Indian journal of veterinary science and animal husbandry - Volume 12,
Year: 1942
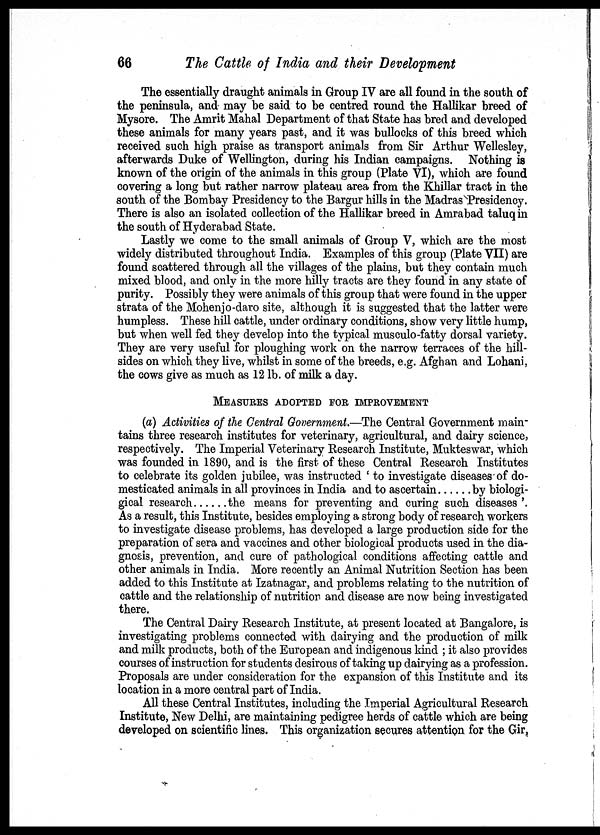
66
The Cattle of India and their Development
The essentially draught animals in Group IV are all found in the south of
the peninsula, and may be said to be centred round the Hallikar breed of
Mysore. The Amrit Mahal Department of that State has bred and developed
these animals for many years past, and it was bullocks of this breed which
received such high praise as transport animals from Sir Arthur Wellesley,
afterwards Duke of Wellington, during his Indian campaigns. Nothing is
known of the origin of the animals in this group (Plate VI), which are found
covering a long but rather narrow plateau area from the Khillar tract in the
south of the Bombay Presidency to the Bargur hills in the Madras Presidency.
There is also an isolated collection of the Hallikar breed in Amrabad taluq in
the south of Hyderabad State.
Lastly we come to the small animals of Group V, which are the most
widely distributed throughout India. Examples of this group (Plate VII) are
found scattered through all the villages of the plains, but they contain much
mixed blood, and only in the more hilly tracts are they found in any state of
purity. Possibly they were animals of this group that were found in the upper
strata of the Mohenjo-daro site, although it is suggested that the latter were
humpless. These hill cattle, under ordinary conditions, show very little hump,
but when well fed they develop into the typical musculo-fatty dorsal variety.
They are very useful for ploughing work on the narrow terraces of the hill-
sides on which they live, whilst in some of the breeds, e.g. Afghan and Lohani,
the cows give as much as 12 lb. of milk a day.
MEASURES ADOPTED FOR IMPROVEMENT
(a) Activities of the Central Government.—The Central Government main-
tains three research institutes for veterinary, agricultural, and dairy science,
respectively. The Imperial Veterinary Research Institute, Mukteswar, which
was founded in 1890, and is the first of these Central Research Institutes
to celebrate its golden jubilee, was instructed ' to investigate diseases of do-
mesticated animals in all provinces in India and to ascertain
by biologi¬
gical research
the means for preventing and curing such diseases '.
As a result, this Institute, besides employing a strong body of research workers
to investigate disease problems, has developed a large production side for the
preparation of sera and vaccines and other biological products used in the dia-
gnosis, prevention, and cure of pathological conditions affecting cattle and
other animals in India. More recently an Animal Nutrition Section has been
added to this Institute at Izatnagar, and problems relating to the nutrition of
cattle and the relationship of nutrition and disease are now being investigated
there.
The Central Dairy Research Institute, at present located at Bangalore, is
investigating problems connected with dairying and the production of milk
and milk products, both of the European and indigenous kind ; it also provides
courses of instruction for students desirous of taking up dairying as a profession.
Proposals are under consideration for the expansion of this Institute and its
location in a more central part of India.
All these Central Institutes, including the Imperial Agricultural Research
Institute, New Delhi, are maintaining pedigree herds of cattle which are being
developed on scientific lines. This organization secures attention for the Gir,